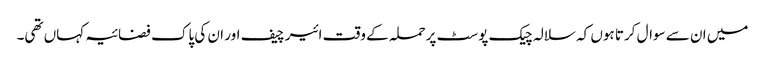
میں ان سے سوال کرتا ہوں کہ سلالہ چیک پوسٹ پرحملہ کے وقت ائیر چیف اور ان کی پاک فضائیہ کہاں تھی۔